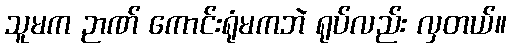
သူမက ဉာဏ် ကောင်းရုံမကဘဲ ရုပ်လည်း လှတယ်။